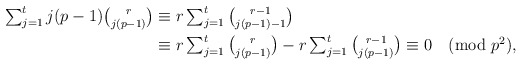
\begin{align*}\textstyle \textstyle \sum_{j=1}^t j(p-1){r \choose j(p-1)} & \textstyle \equiv \textstyle r \sum_{j=1}^t {r-1 \choose j(p-1)-1}\\ & \equiv \textstyle r \sum_{j=1}^t {r \choose j(p-1)} - r \sum_{j=1}^t {r-1 \choose j(p-1)} \equiv 0 \pmod {p^2},\end{align*}